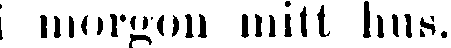
i morgon mitt hus.